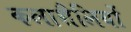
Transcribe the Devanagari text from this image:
कलाशैलियों